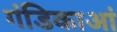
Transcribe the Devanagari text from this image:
गंडिकाआं